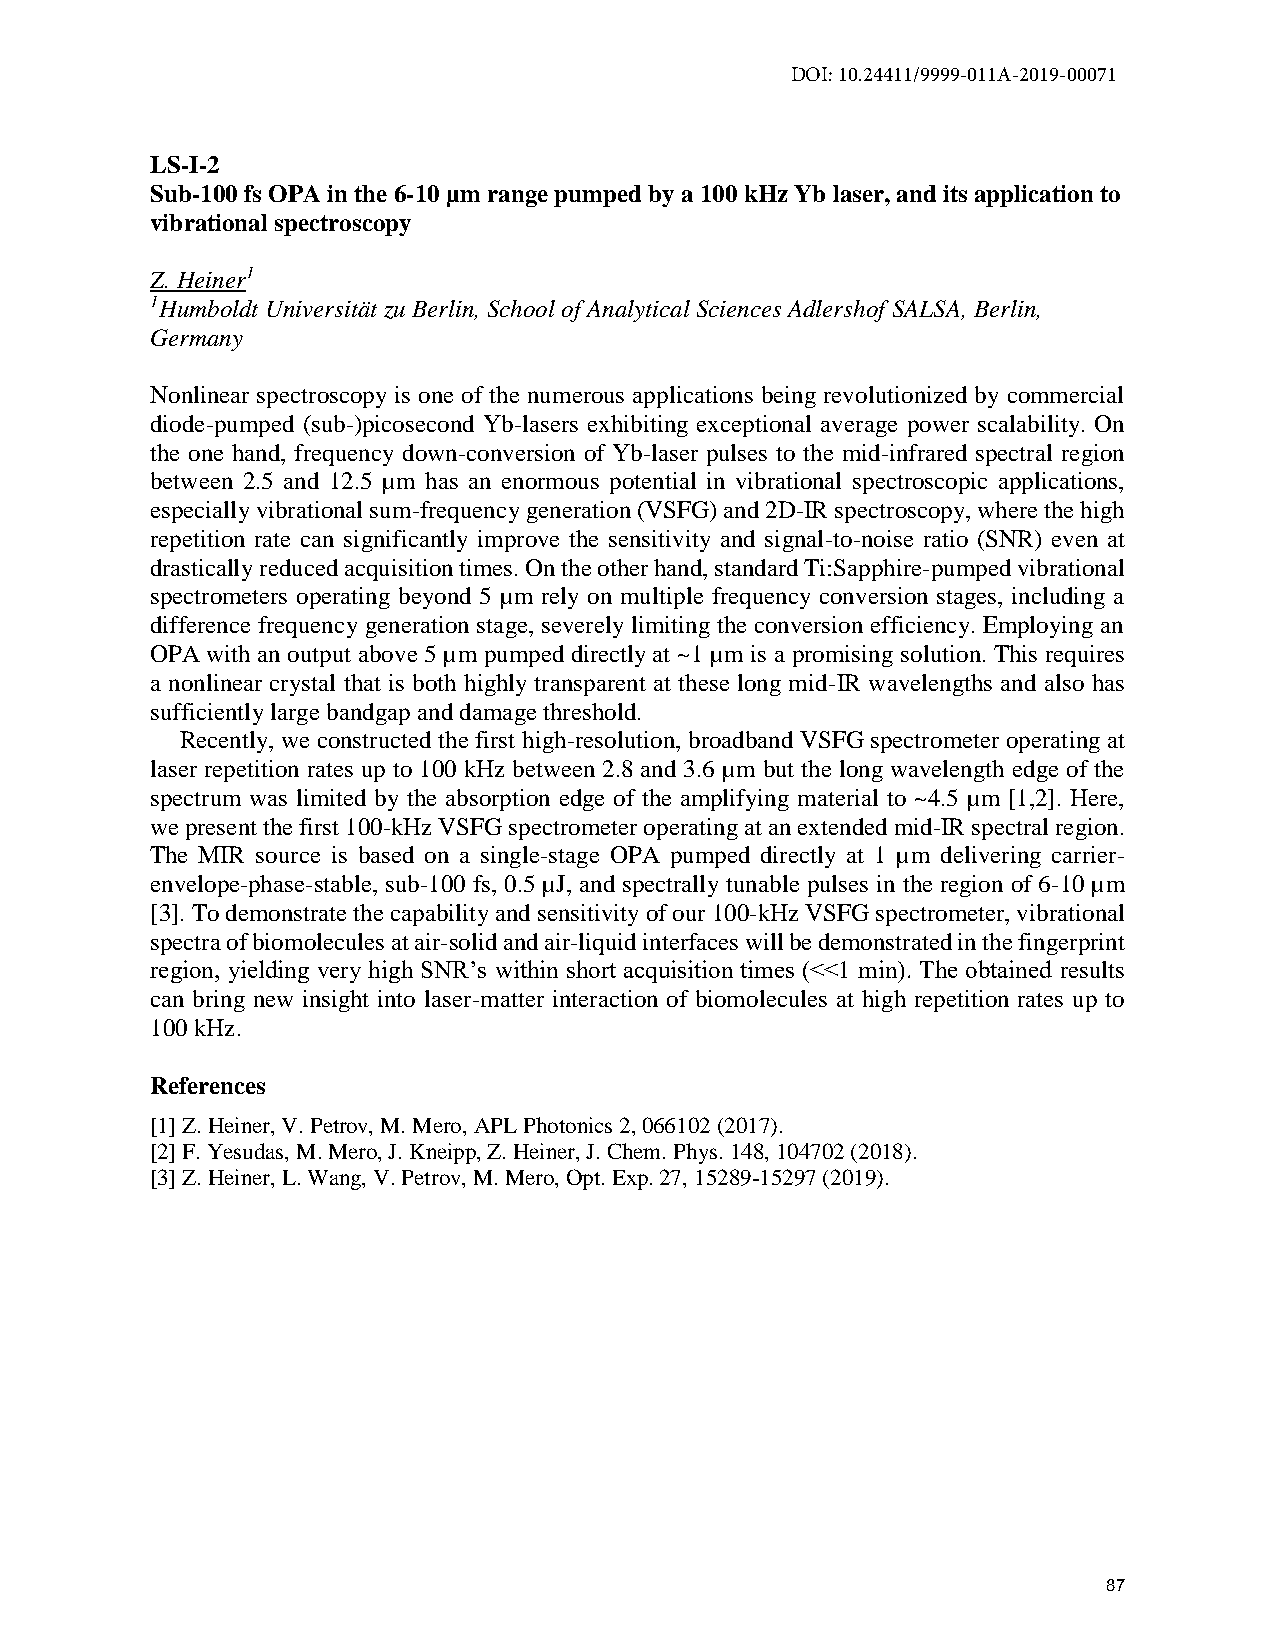
DOI: 10.24411/9999-011A-2019-00071
 LS-I-2
 Sub-100 fs OPA in the 6-10 µm range pumped by a 100 kHz Yb laser, and its application to
 vibrational spectroscopy
 Z. Heiner1
 1Humboldt Universität zu Berlin, School of Analytical Sciences Adlershof SALSA, Berlin,
 Germany
 Nonlinear spectroscopy is one of the numerous applications being revolutionized by commercial
 diode-pumped (sub-)picosecond Yb-lasers exhibiting exceptional average power scalability. On
 the one hand, frequency down-conversion of Yb-laser pulses to the mid-infrared spectral region
 between 2.5 and 12.5 µm has an enormous potential in vibrational spectroscopic applications,
 especially vibrational sum-frequency generation (VSFG) and 2D-IR spectroscopy, where the high
 repetition rate can significantly improve the sensitivity and signal-to-noise ratio (SNR) even at
 drastically reduced acquisition times. On the other hand, standard Ti:Sapphire-pumped vibrational
 spectrometers operating beyond 5 µm rely on multiple frequency conversion stages, including a
 difference frequency generation stage, severely limiting the conversion efficiency. Employing an
 OPA with an output above 5 µm pumped directly at ~1 µm is a promising solution. This requires
 a nonlinear crystal that is both highly transparent at these long mid-IR wavelengths and also has
 sufficiently large bandgap and damage threshold.
 Recently, we constructed the first high-resolution, broadband VSFG spectrometer operating at
 laser repetition rates up to 100 kHz between 2.8 and 3.6 µm but the long wavelength edge of the
 spectrum was limited by the absorption edge of the amplifying material to ~4.5 µm [1,2]. Here,
 we present the first 100-kHz VSFG spectrometer operating at an extended mid-IR spectral region.
 The MIR source is based on a single-stage OPA pumped directly at 1 µm delivering carrier-
 envelope-phase-stable, sub-100 fs, 0.5 µJ, and spectrally tunable pulses in the region of 6-10 µm
 [3]. To demonstrate the capability and sensitivity of our 100-kHz VSFG spectrometer, vibrational
 spectra of biomolecules at air-solid and air-liquid interfaces will be demonstrated in the fingerprint
 region, yielding very high SNR’s within short acquisition times (<<1 min). The obtained results
 can bring new insight into laser-matter interaction of biomolecules at high repetition rates up to
 100 kHz.
 References
 [1] Z. Heiner, V. Petrov, M. Mero, APL Photonics 2, 066102 (2017).
 [2] F. Yesudas, M. Mero, J. Kneipp, Z. Heiner, J. Chem. Phys. 148, 104702 (2018).
 [3] Z. Heiner, L. Wang, V. Petrov, M. Mero, Opt. Exp. 27, 15289-15297 (2019).
 87